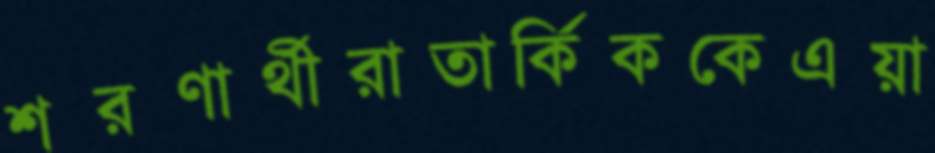
শরণার্থীরাতার্কিককেএয়া